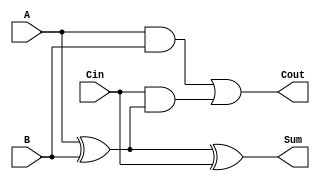
module FullAdder (
    input A,        // First input bit
    input B,        // Second input bit
    input Cin,      // Carry input
    output Sum,     // Sum output
    output Cout     // Carry output
);
    assign Sum = A ^ B ^ Cin;                 // Sum logic
    assign Cout = (A & B) | (Cin & (A ^ B));  // Carry logic
endmodule